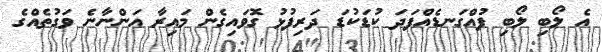
އެ ލޯބި ލޯބި ފުއްގަނޑެއްފަދަ ކުޑަކުޑަ ދަރިފުޅު ގޮވައިގެން މައިރާ އަންނާނެ ވަގުތެއްގެ